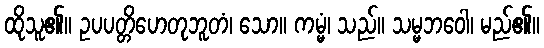
ထိုသူ၏။ ဥပပတ္တိဟေတုဘူတံ၊ သော။ ကမ္မံ၊ သည်။ သမ္မဘဝေါ၊ မည်၏။